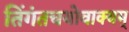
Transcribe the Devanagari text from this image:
तिंगंतचयोवाक्यम्